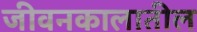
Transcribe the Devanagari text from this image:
जीवनकालातील